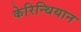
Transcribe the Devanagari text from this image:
केरिन्थियान